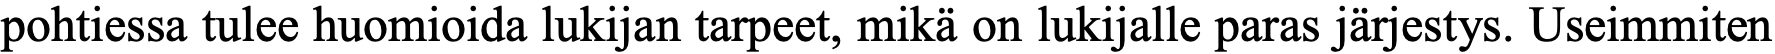
pohtiessa tulee huomioida lukijan tarpeet, mikä on lukijalle paras järjestys. Useimmiten